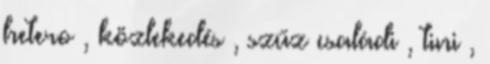
hetero , közlekedés , szűz családi , tini ,